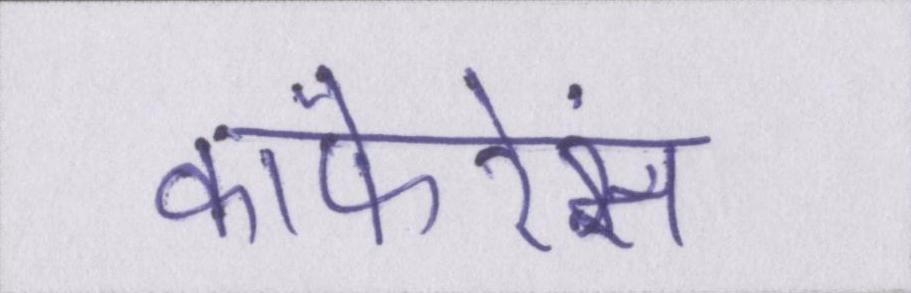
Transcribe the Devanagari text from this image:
कांफेरेंस